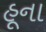
હૂના